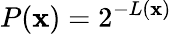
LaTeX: P(\mathbf{x})=2^{-L(\mathbf{x})}